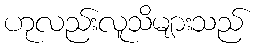
ဟုလည်းလူသိများသည်